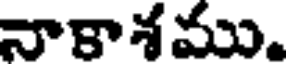
నాకాశము.